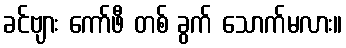
ခင်ဗျား ကော်ဖီ တစ် ခွက် သောက်မလား။